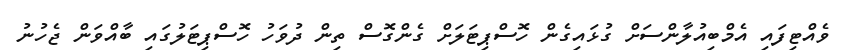
ވެއްޓިފައި އެމްބިއުލާންސަށް ގުޅައިގެން ހޮސްޕިޓަލަށް ގެންގޮސް ތިން ދުވަހު ހޮސްޕިޓަލުގައި ބާއްވަން ޖެހުނު